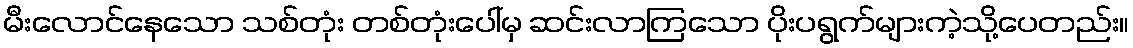
မီးလောင်နေသော သစ်တုံး တစ်တုံးပေါ်မှ ဆင်းလာကြသော ပိုးပရွက်များကဲ့သို့ပေတည်း။